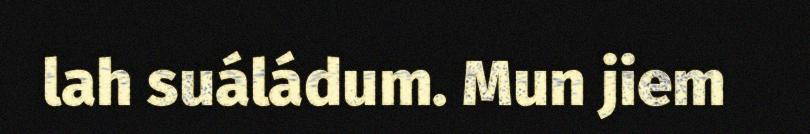
lah suáládum. Mun jiem